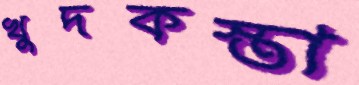
খুদকস্তা